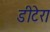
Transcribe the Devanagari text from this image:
डीटेरा